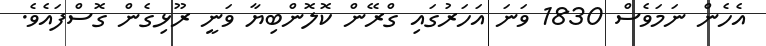
އެހެން ނަމަވެސް 1830 ވަނަ އަހަރުގައި ގްރޭން ކޮލޮންބިޔާ ވަނީ ރޫޅިގެން ގޮސްފައެވެ.